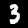
Label: 3